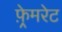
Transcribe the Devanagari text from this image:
फ़्रेमरेट